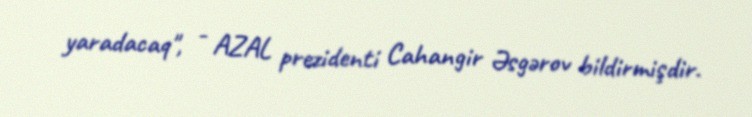
yaradacaq", - AZAL prezidenti Cahangir Əsgərov bildirmişdir.